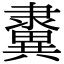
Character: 𨾂